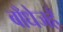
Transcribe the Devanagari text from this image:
बाँधेजहँ